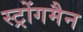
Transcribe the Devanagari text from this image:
स्ट्रोंगमैन